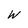
Character: W